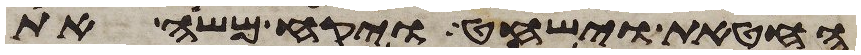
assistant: החטאת וישחט ויקח משה את